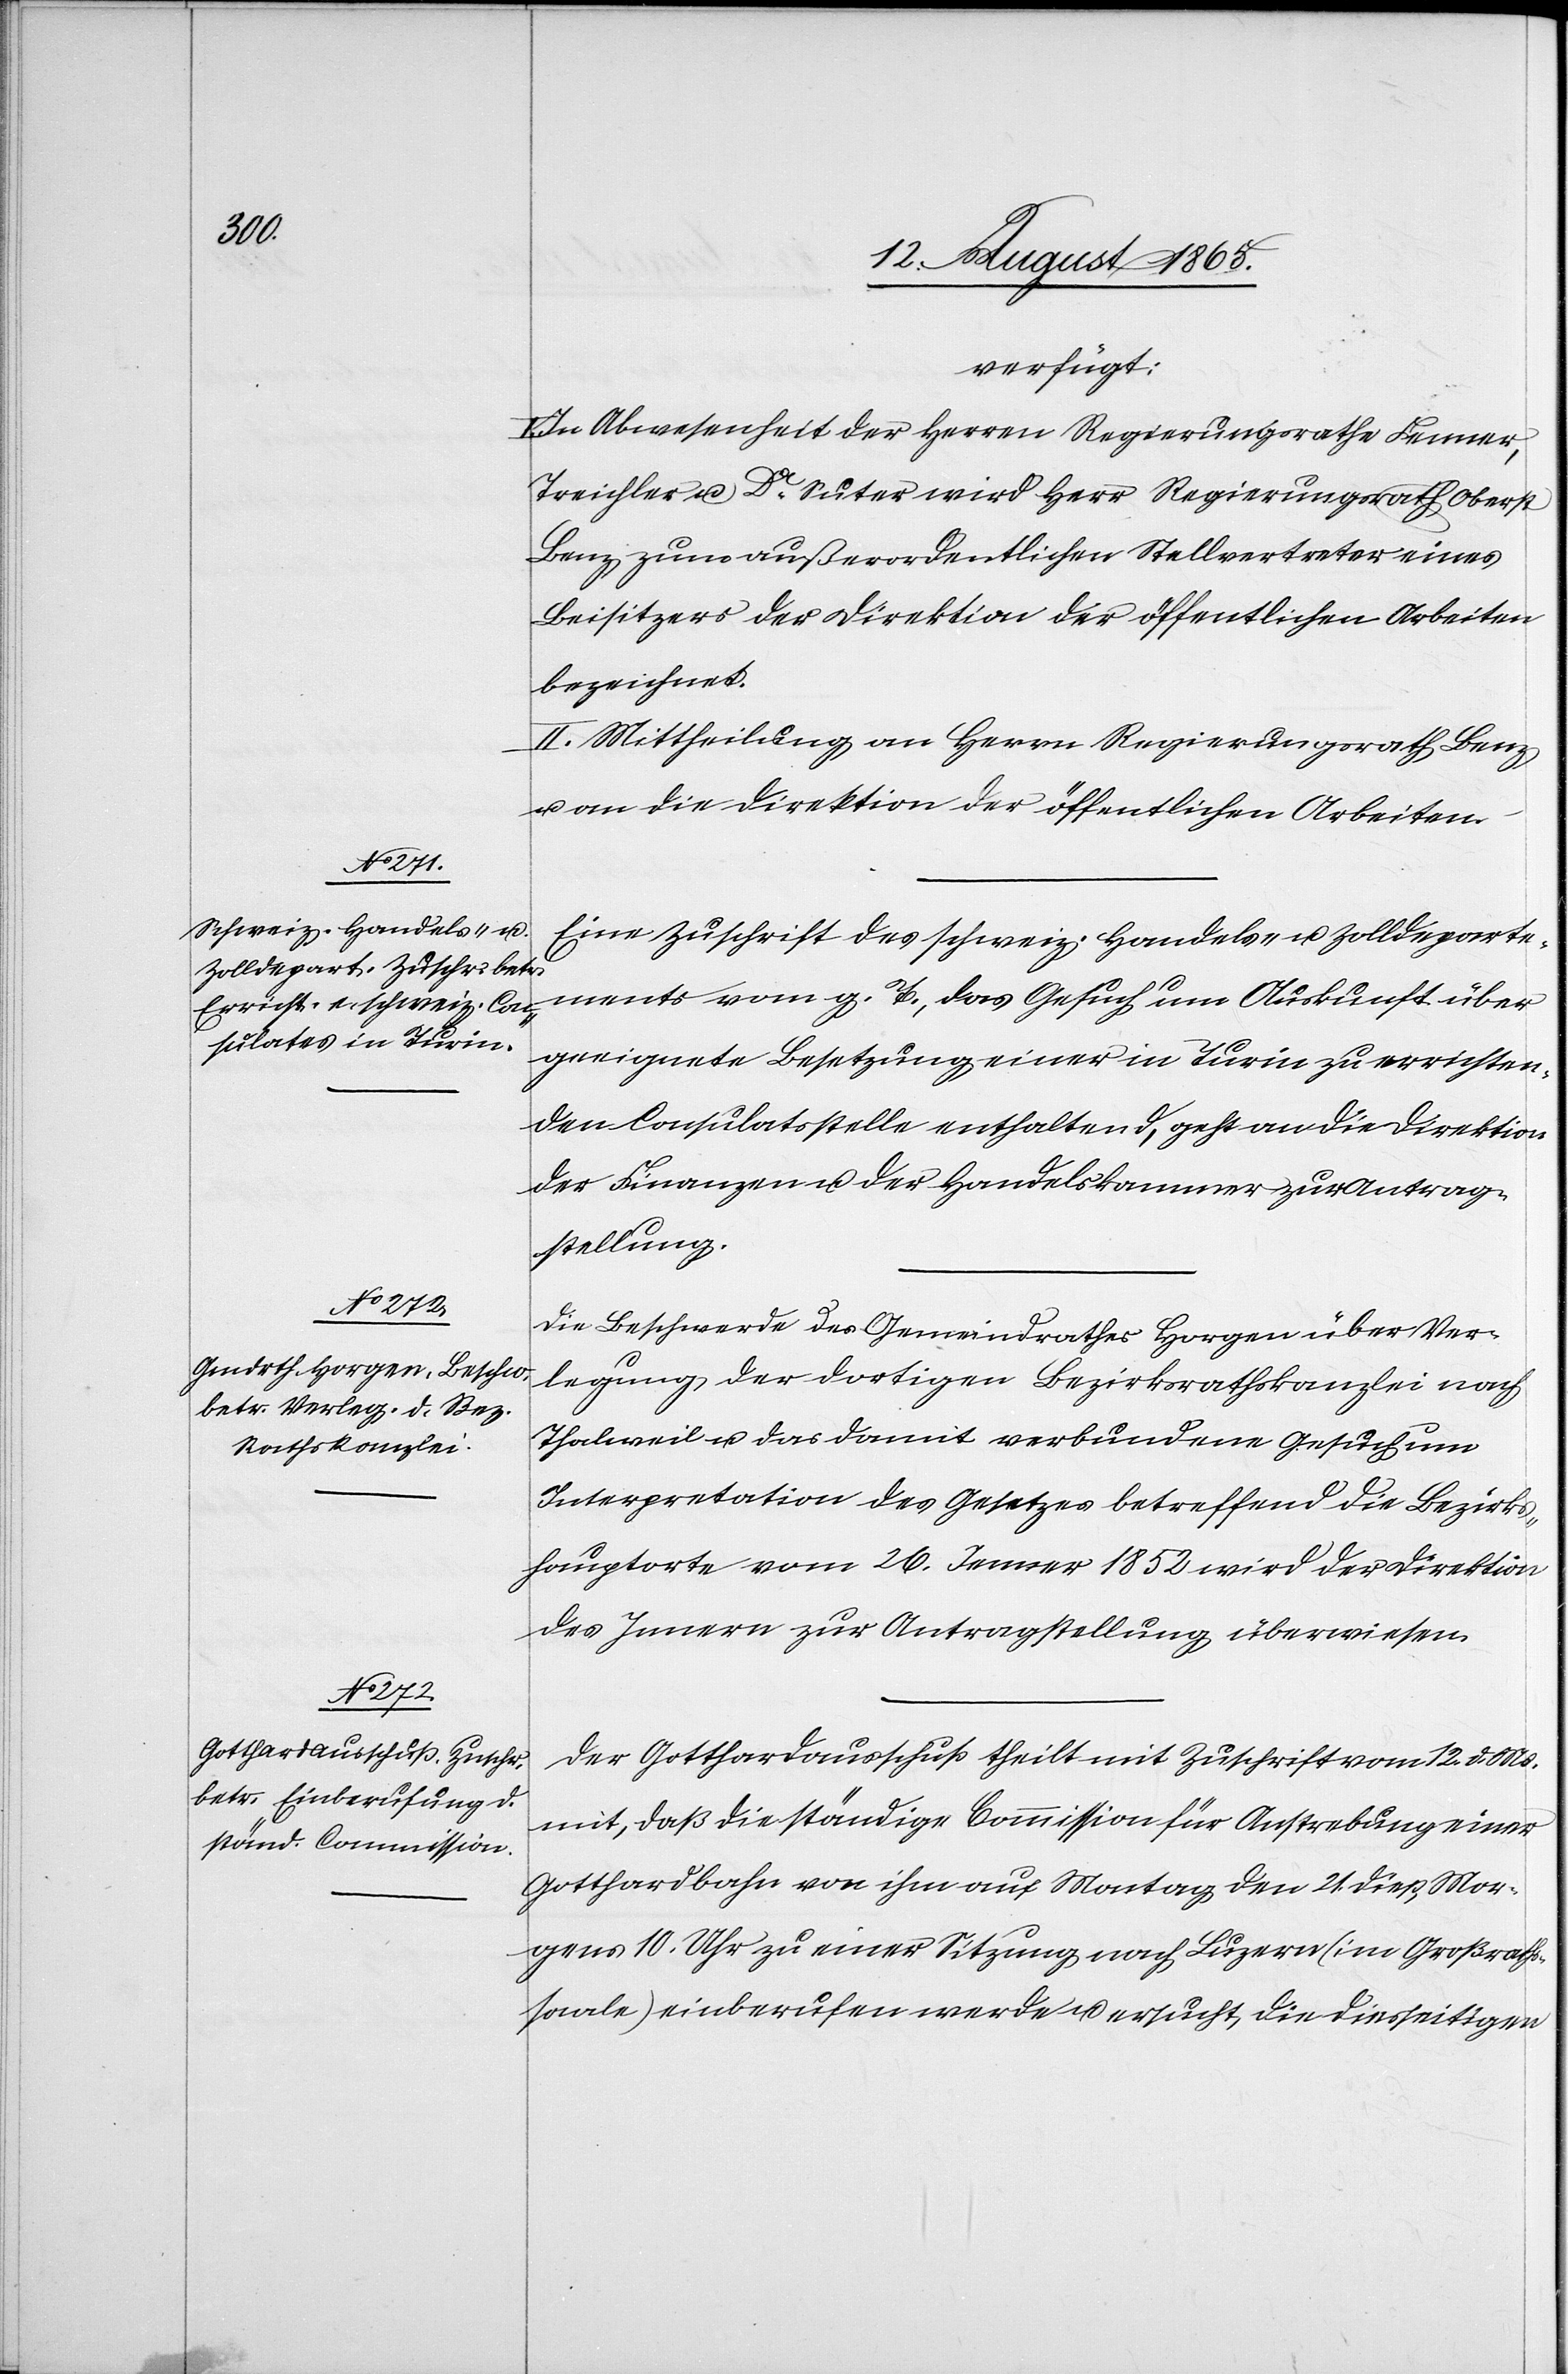
I.

18. August 1865.]
verfügt:
In Abwesenheit der Herren Regierungsrathe Fenner,
Treichler u. Dr Suter wird Herr Regierungsrath Oberst
Benz zum außerordentlichen Stellvertreter eines
Beisitzers der Direktion der öffentlichen Arbeiten
bezeichnet.
II. Mittheilung an Herrn Regierungsrath Benz
u. an die Direktion der öffentlichen Arbeiten.
Eine Zuschrift des schweiz. Handels- u. Zolldeparte¬
ments vom g. T., das Gesuch um Auskunft über
geeignete Besetzung einer in Turin zu errichten¬
den Consulatsstelle enthaltend, geht an die Direktion
der Finanzen u. der Handelskammer zur Antrag¬
stellung.
Die Beschwerde des Gemeindrathes Horgen über Ver¬
legung der dortigen Bezirksrathskanzlei nach
Thalweil u. das damit verbundene Gesuch um
Interpretation des Gesetzes betreffend die Bezirks¬
hauptorte vom 26. Jenner 1852 wird der Direktion
des Innern zur Antragstellung überwiesen.
Der Gotthardausschuß theilt mit Zuschrift vom 12. d. Ms.
mit, daß die ständige Commission für Anstrebung einer
Gotthardbahn von ihm auf Montag den 21. dieß, Mor¬
gens 10. Uhr zu einer Sitzung nach Luzern (im Großraths¬
saale) einberufen werde u. ersucht, die diesseitigen